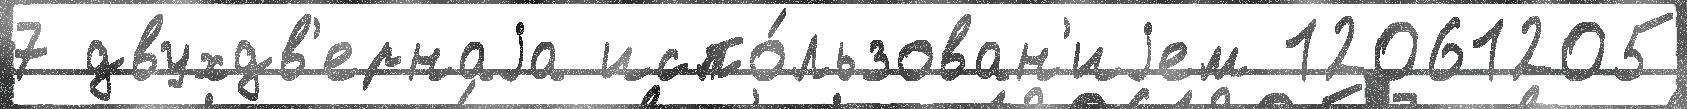
7 двухдв'ернаjа испо́льзован'иjем 12061205